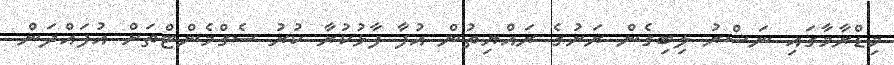
މިޑްރާމާގައި ނަސްރު ލިބިގެން ރަށުގެ ރައްޔިތުން އުފާ ފާޅުކުރާ ކުރު ސެގްމެންޓްތަށް އުފައްދަން